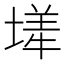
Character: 㙚